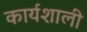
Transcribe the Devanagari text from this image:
कार्यशाली